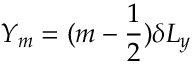
Y _ { m } = ( m - \frac { 1 } { 2 } ) \delta L _ { y }